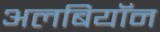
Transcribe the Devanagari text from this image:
अलबियॉन